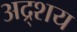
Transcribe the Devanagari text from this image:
अद्र्शय